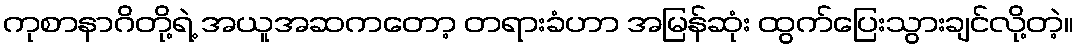
ကုစာနာဂိတို့ရဲ့ အယူအဆကတော့ တရားခံဟာ အမြန်ဆုံး ထွက်ပြေးသွားချင်လို့တဲ့။